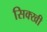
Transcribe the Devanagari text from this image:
सिक्खी